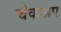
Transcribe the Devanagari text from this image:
चेकअप